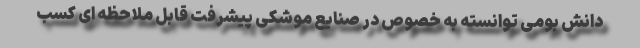
دانش بومی توانسته به خصوص در صنایع موشکی پیشرفت قابل ملاحظه ای کسب